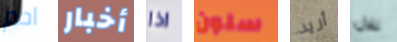
احم أخبار اذا سلون أريد تلال